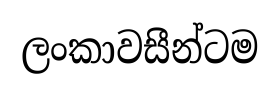
ලංකාවසීන්ටම